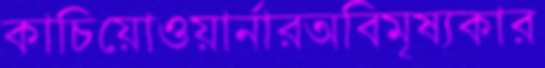
কাচিয়োওয়ার্নারঅবিমৃষ্যকার